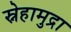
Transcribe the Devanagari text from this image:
स्नेहामुद्रा